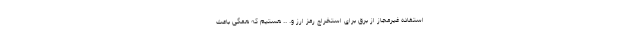
استفاده غیرمجاز از برق برای استخراج رمز ارز و. .. هستیم که همگی باعث